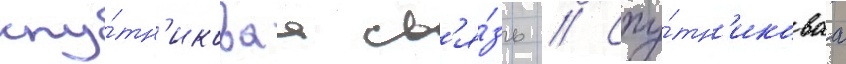
спу́тн'иковаа св'я́зь // Спу́тн'иковаа